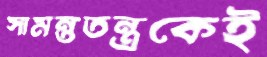
সামন্ততন্ত্রকেই